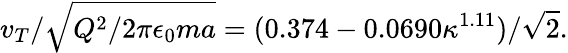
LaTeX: v_{T}/{\sqrt{Q^{2}/2\pi\epsilon_{0}ma}}=(0.374-0.0690\kappa^{1.11})/\sqrt{2}.